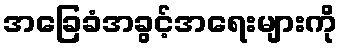
အခြေခံအခွင့်အရေးများကို